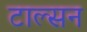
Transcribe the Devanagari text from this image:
टाल्सन